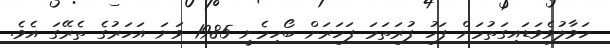
ހަވާލުވެވަޑައިގަތުމަށް ފަހު ފުރަތަމަ ފަހަރަށް ބޯހިމެނީ 1985 ވަނަ އަހަރުގެ ތެރޭގަ އެވެ.